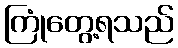
ကြုံတွေ့ရသည်